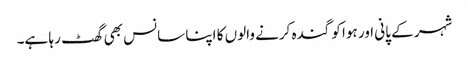
شہر کے پانی اور ہوا کو گندہ کرنے والوں کا اپنا سانس بھی گھٹ رہا ہے۔